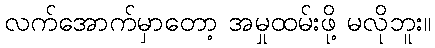
လက်အောက်မှာတော့ အမှုထမ်းဖို့ မလိုဘူး။